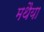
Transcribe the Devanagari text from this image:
मथैया